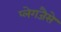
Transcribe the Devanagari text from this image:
प्लेगजैसे